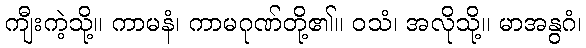
ကျီးကဲ့သို့။ ကာမနံ၊ ကာမဂုဏ်တို့၏။ ဝသံ၊ အလိုသို့။ မာအနွဂံ၊